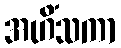
အဟိံသကာ